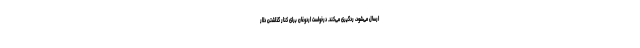
ارسال می‌شود، ردگیری می‌کند. درخواست اردوغان برای کنار گذاشتن دلار